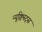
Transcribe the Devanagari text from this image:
न्यूक्विस्ट्स